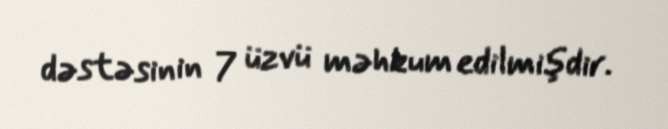
dəstəsinin 7 üzvü məhkum edilmişdir.